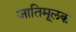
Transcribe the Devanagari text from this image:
जातिमूलक